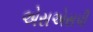
એસએસપી